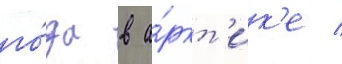
го́да в а́ркт'ик'е /